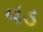
વડ